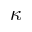
\kappa